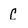
Character: C